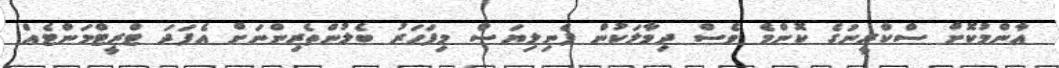
އާންމުކޮށް ސްކްރީނުގެ ކޮންމެ ވެސް ދިމާލަކުން ފެނިލިޔަސް މިފަހަރު ބެލުންތެރިންނަށް އެފަދަ ޓްރީޓްމަންޓެއް